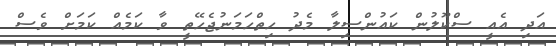
އަދި އެއީ ސްކޫލުން ކައުންސިލާ މެދު ހިތްހަމަނުޖެހޭތީ ވާ ކަމެއް ކަމަށް ވެސް